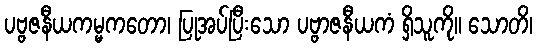
ပဗ္ဗဇနီယကမ္မကတော၊ ပြုအပ်ပြီးသော ပဗ္ဗာဇနီယကံ ရှိသူကို။ သောတိ၊